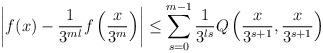
LaTeX: \begin{align*}\left|f(x)-\frac{1}{3^{ml}}f\left(\frac{x}{3^m}\right)\right|\leq \sum_{s=0}^{m-1}\frac{1}{3^{ls}}Q\left(\frac{x}{3^{s+1}},\frac{x}{3^{s+1}}\right)\end{align*}